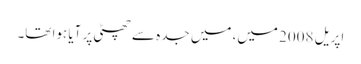
اپریل 2008 میں، میں جدہ سے چھٹی پر آیا ہوا تھا۔